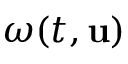
\omega ( t , { \mathbf { u } } )